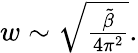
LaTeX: \begin{array}{r}{w\sim\sqrt{\frac{\tilde{\beta}}{4\pi^{2}}}.}\end{array}